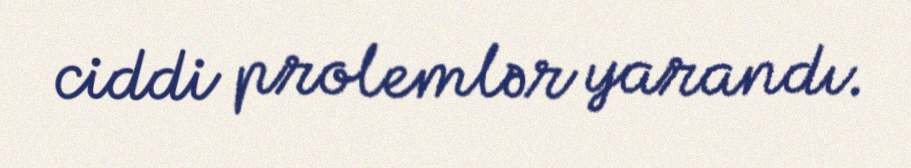
ciddi prolemlər yarandı.